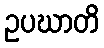
ဥပဃာတိ